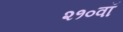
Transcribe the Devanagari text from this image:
२१०वॉ